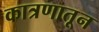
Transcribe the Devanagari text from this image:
कात्रणातून